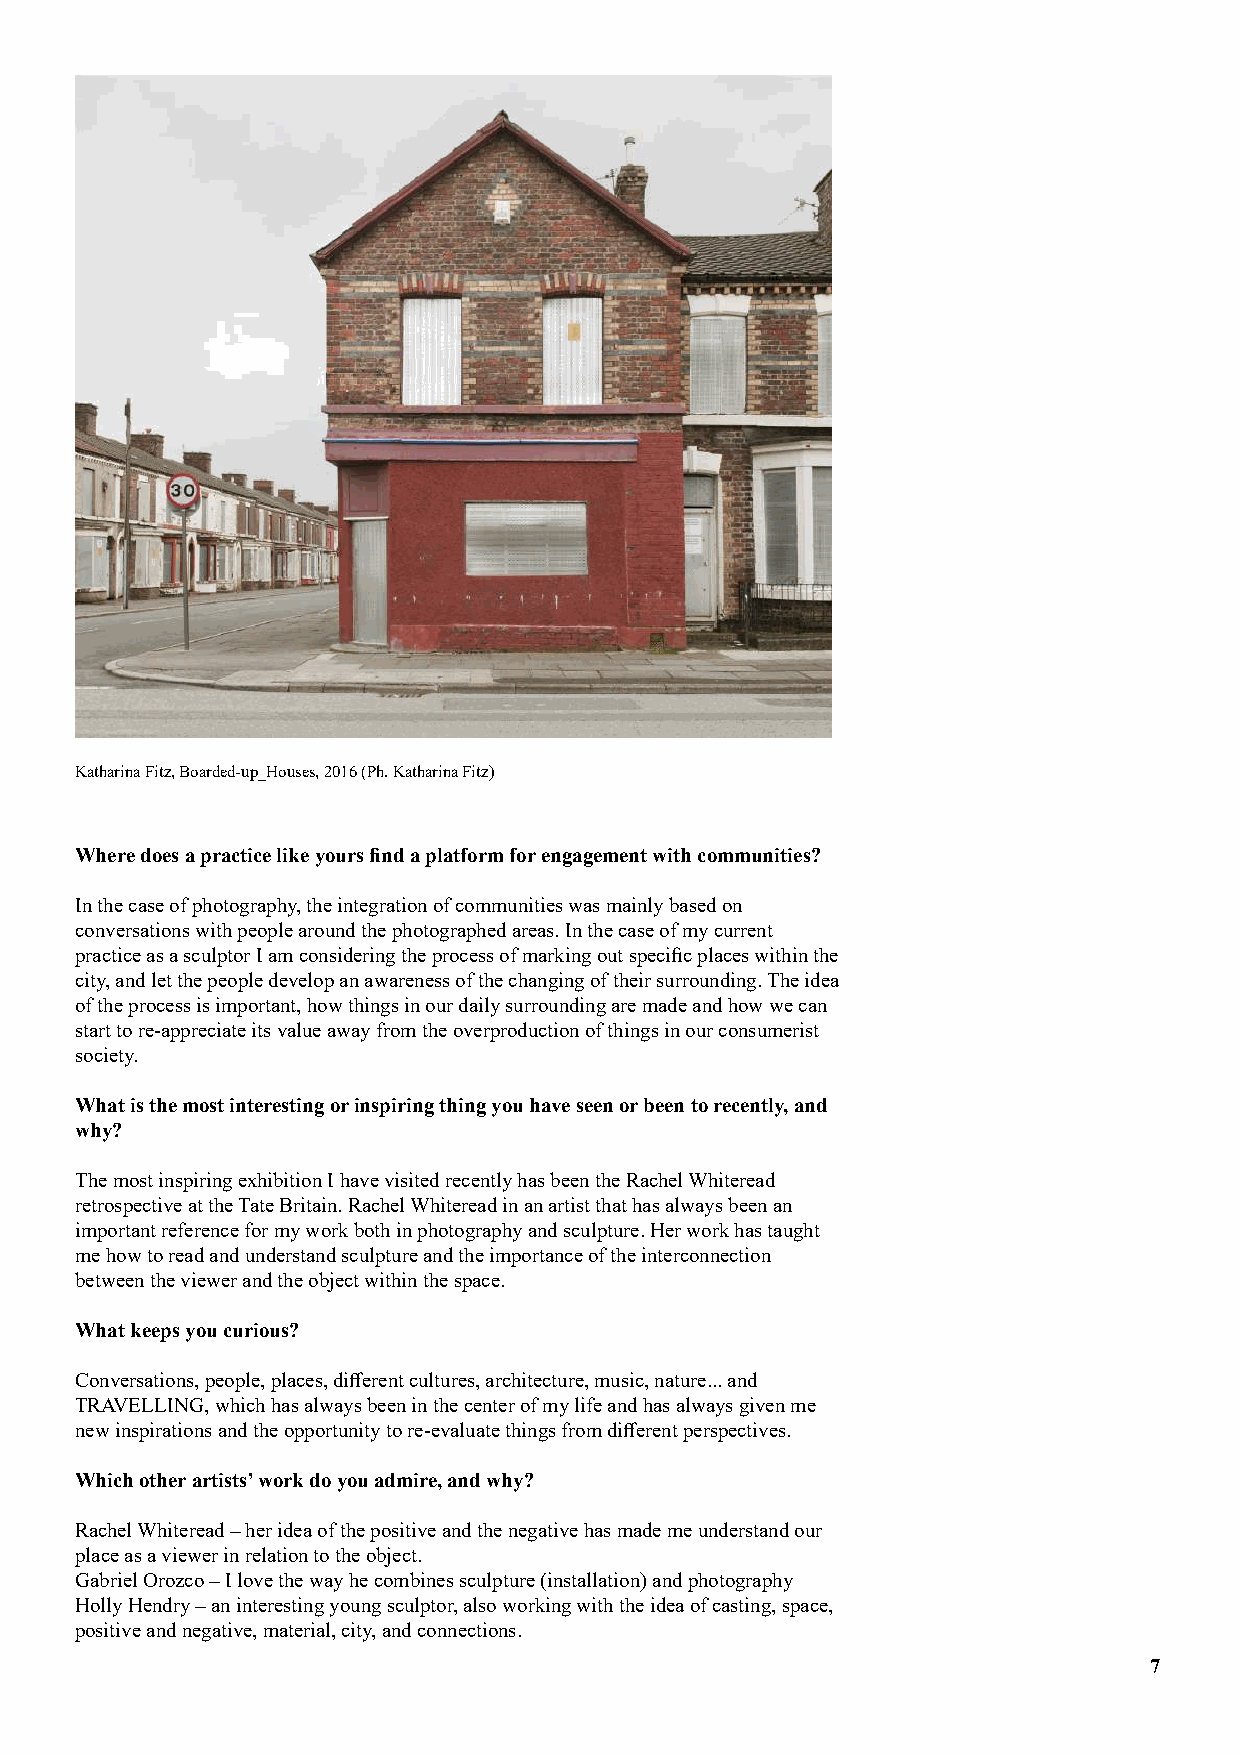
Katharina Fitz, Boarded-up_Houses, 2016 (Ph. Katharina Fitz)
 Where does a practice like yours find a platform for engagement with communities?
 In the case of photography, the integration of communities was mainly based on
 conversations with people around the photographed areas. In the case of my current
 practice as a sculptor I am considering the process of marking out specific places within the
 city, and let the people develop an awareness of the changing of their surrounding. The idea
 of the process is important, how things in our daily surrounding are made and how we can
 start to re-appreciate its value away from the overproduction of things in our consumerist
 society.
 What is the most interesting or inspiring thing you have seen or been to recently, and
 why?
 The most inspiring exhibition I have visited recently has been the Rachel Whiteread
 retrospective at the Tate Britain. Rachel Whiteread in an artist that has always been an
 important reference for my work both in photography and sculpture. Her work has taught
 me how to read and understand sculpture and the importance of the interconnection
 between the viewer and the object within the space.
 What keeps you curious?
 Conversations, people, places, different cultures, architecture, music, nature... and
 TRAVELLING, which has always been in the center of my life and has always given me
 new inspirations and the opportunity to re-evaluate things from different perspectives.
 Which other artists’ work do you admire, and why?
 Rachel Whiteread – her idea of the positive and the negative has made me understand our
 place as a viewer in relation to the object.
 Gabriel Orozco – I love the way he combines sculpture (installation) and photography
 Holly Hendry – an interesting young sculptor, also working with the idea of casting, space,
 positive and negative, material, city, and connections.
 7